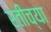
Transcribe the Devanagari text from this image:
रतीच्या